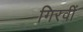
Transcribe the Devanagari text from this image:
गिरवीं